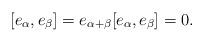
LaTeX: \begin{align*}[e_\alpha,e_\beta]=e_{\alpha+\beta}[e_\alpha,e_\beta]=0.\end{align*}